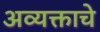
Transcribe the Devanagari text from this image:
अव्यक्ताचे